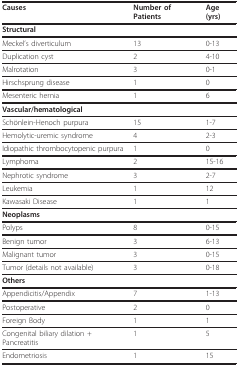
<table><thead><tr><td><b>Causes</b></td><td><b>Number of Patients</b></td><td><b>Age (yrs)</b></td></tr></thead><tbody><tr><td><b>Structural</b></td><td></td><td></td></tr><tr><td>Meckel&#x27;s diverticulum</td><td>13</td><td>0-13</td></tr><tr><td>Duplication cyst</td><td>2</td><td>4-10</td></tr><tr><td>Malrotation</td><td>3</td><td>0-1</td></tr><tr><td>Hirschsprung disease</td><td>1</td><td>0</td></tr><tr><td>Mesenteric hernia</td><td>1</td><td>6</td></tr><tr><td><b>Vascular/hematological</b></td><td></td><td></td></tr><tr><td>Schönlein-Henoch purpura</td><td>15</td><td>1-7</td></tr><tr><td>Hemolytic-uremic syndrome</td><td>4</td><td>2-3</td></tr><tr><td>Idiopathic thrombocytopenic purpura</td><td>1</td><td>0</td></tr><tr><td>Lymphoma</td><td>2</td><td>15-16</td></tr><tr><td>Nephrotic syndrome</td><td>3</td><td>2-7</td></tr><tr><td>Leukemia</td><td>1</td><td>12</td></tr><tr><td>Kawasaki Disease</td><td>1</td><td>1</td></tr><tr><td><b>Neoplasms</b></td><td></td><td></td></tr><tr><td>Polyps</td><td>8</td><td>0-15</td></tr><tr><td>Benign tumor</td><td>3</td><td>6-13</td></tr><tr><td>Malignant tumor</td><td>3</td><td>0-15</td></tr><tr><td>Tumor (details not available)</td><td>3</td><td>0-18</td></tr><tr><td><b>Others</b></td><td></td><td></td></tr><tr><td>Appendicitis/Appendix</td><td>7</td><td>1-13</td></tr><tr><td>Postoperative</td><td>2</td><td>0</td></tr><tr><td>Foreign Body</td><td>1</td><td>1</td></tr><tr><td>Congenital biliary dilation + Pancreatitis</td><td>1</td><td>5</td></tr><tr><td>Endometriosis</td><td>1</td><td>15</td></tr></tbody></table>